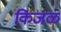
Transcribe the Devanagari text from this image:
किंजळ